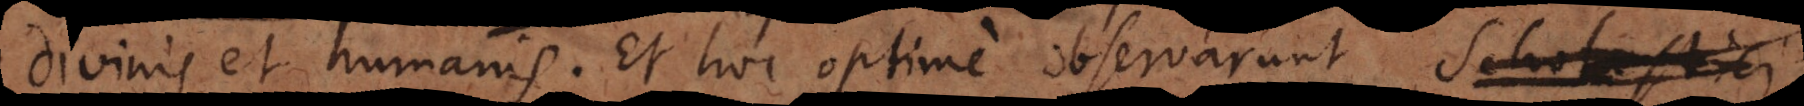
divinis et humanis, et hoc optime observarunt Scholastici